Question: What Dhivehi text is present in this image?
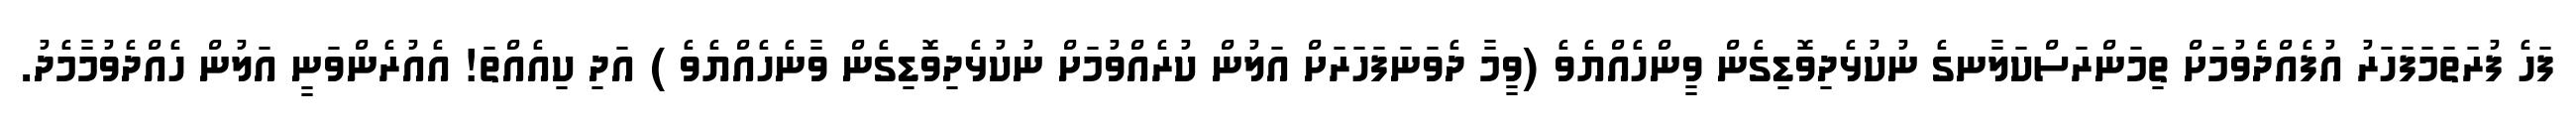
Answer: ފަހެ ފުރަތަމަފަހަރު އުފެއްދެވުމަށް ތިމަންރަސްކަލާނގެ ނުކުޅެދިވޮޑިގެން ވީންހެއްޔެވެ (ވީމާ ދެވަނަފަހަރަށް އަލުން ކުރެއްވުމަށް ނުކުޅެދިވޮޑިގެން ވާނެހެއްޔެވެ ) އަދި ކިއެއްތަ! އެއުރެންވަނީ އަލުން ހެއްދެވުމާމެދު.